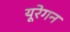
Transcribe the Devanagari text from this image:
यूरेगन